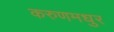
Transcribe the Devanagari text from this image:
करुणमधुर